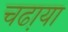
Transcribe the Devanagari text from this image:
चढा़या